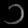
Digit: ၁